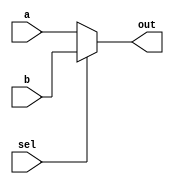
module mux_2x1(sel,b,a,out);
  input sel;
  input a,b;
  output out;
  assign out = sel ? b : a;
endmodule

module mux_8x1(
  input [7:0]I,
  input [2:0]sel,
  output out
);
wire w1,w2,w3,w4,w5,w6;
  mux_2x1 M1(sel[0],I[1],I[0],w1);
  mux_2x1 M2(sel[0],I[3],I[2],w2);
  mux_2x1 M3(sel[0],I[5],I[4],w3);
  mux_2x1 M4(sel[0],I[7],I[6],w4);

  mux_2x1 M5(sel[1],w2,w1,w5);
  mux_2x1 M6(sel[1],w4,w3,w6);

  mux_2x1 M7(sel[2],w6,w5,out);
  endmodule